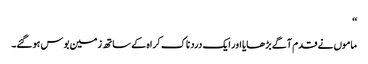
‘‘
ماموں نے قدم آگے بڑھایا اور ایک درد ناک کراہ کے ساتھ زمین بوس ہوگئے۔